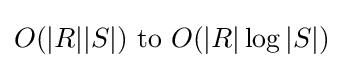
O(|R||S|){\text{ to }}O(|R|\log |S|)